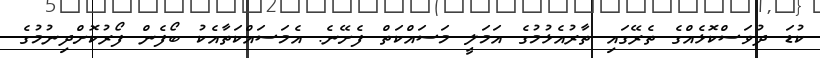
ކުޑަ ދުވަސްކޮޅެއްގެ ތެރޭގައި ތާރުއެޅުމުގެ އަމަލީ މަސައްކަތް ފެށޭނެ. އެމަސައްކަތާއެކު ބޯފެން ފޯރުކޮށްދިނުމުގެ